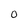
Character: O